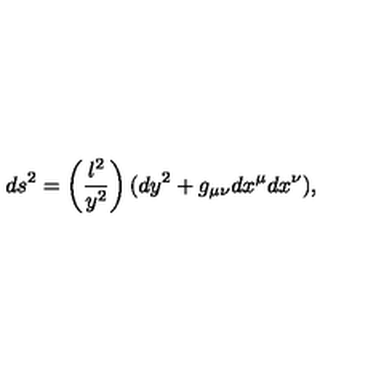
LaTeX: d s ^ { 2 } = \left( \frac { l ^ { 2 } } { y ^ { 2 } } \right) ( d y ^ { 2 } + g _ { \mu \nu } d x ^ { \mu } d x ^ { \nu } ) ,